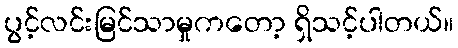
ပွင့်လင်းမြင်သာမှုကတော့ ရှိသင့်ပါတယ်။